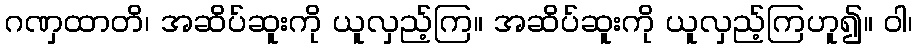
ဂဏှထာတိ၊ အဆိပ်ဆူးကို ယူလှည့်ကြ။ အဆိပ်ဆူးကို ယူလှည့်ကြဟူ၍။ ဝါ၊